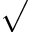
\surd